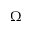
\Omega